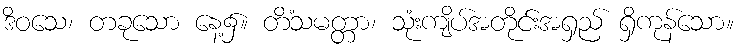
ဒိဝသေ၊ တခုသော နေ့၌။ တိံသမတ္တာ၊ သုံးကျိပ်အတိုင်းအရှည် ရှိကုန်သော။